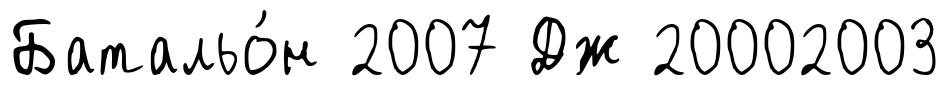
Батальо́н 2007 Дж 20002003